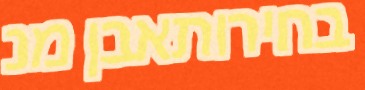
בחירותאבן מנ